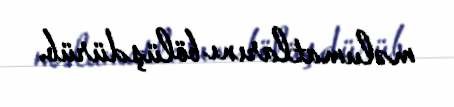
məlumatlarını bölüşdürüb.